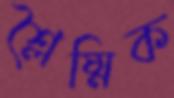
শ্লৈষ্মিক